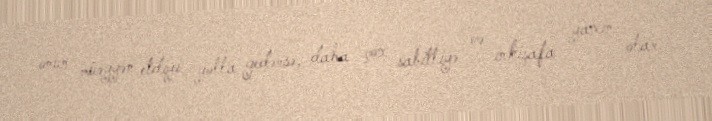
onun müəyyən etdiyi yolla gedərsə, daha çox sabitliyə və inkişafa yaxın olar.